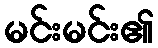
မင်းမင်း၏